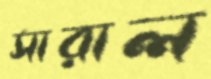
সারাল